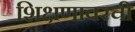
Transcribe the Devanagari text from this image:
शिक्षणावरची